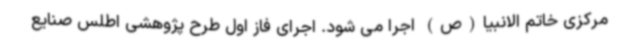
مرکزی خاتم الانبیا(ص) اجرا می شود. اجرای فاز اول طرح پژوهشی اطلس صنایع